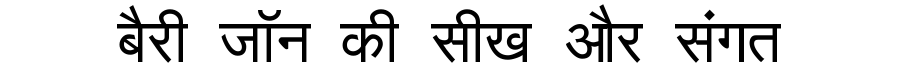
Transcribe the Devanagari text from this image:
बैरी जॉन की सीख और संगत